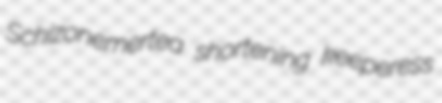
Schizonemertea shortening keeperess